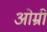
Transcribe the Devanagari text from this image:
ओम्री